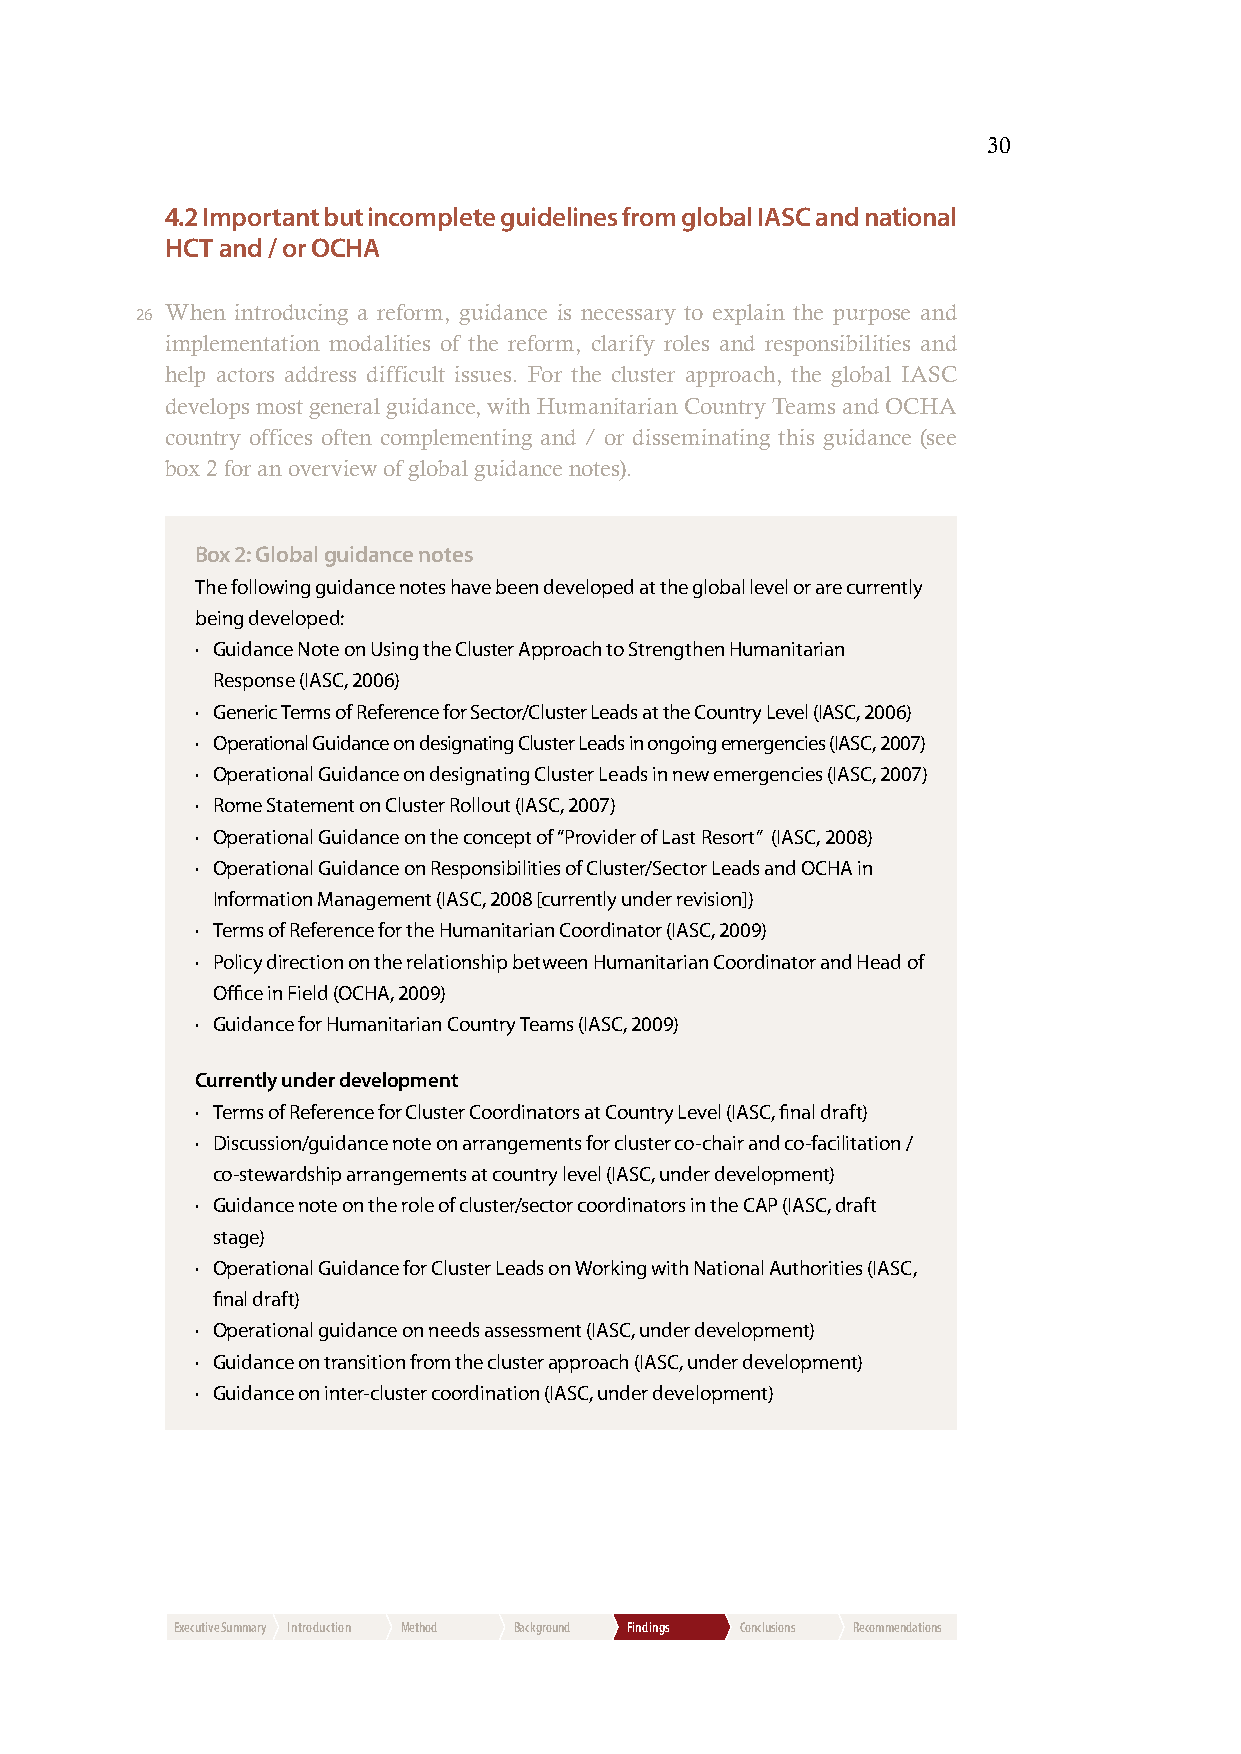
30
 4.2 Important but incomplete guidelines from global IASC and national
 HCT and / or OCHA
 26 W hen introducing a reform, guidance is necessary to explain the purpose and
 implementation modalities of the reform, clarify roles and responsibilities and
 help actors address difficult issues. For the cluster approach, the global IASC
 develops most general guidance, with Humanitarian Country Teams and OCHA
 country offices often complementing and / or disseminating this guidance (see
 box 2 for an overview of global guidance notes).
 Box 2: Global guidance notes
 The following guidance notes have been developed at the global level or are currently
 being developed:
 · Guidance Note on Using the Cluster Approach to Strengthen Humanitarian
 Response (IASC, 2006)
 · G eneric Terms of Reference for Sector/Cluster Leads at the Country Level (IASC, 2006)
 · O perational Guidance on designating Cluster Leads in ongoing emergencies (IASC, 2007)
 · Operational Guidance on designating Cluster Leads in new emergencies (IASC, 2007)
 · Rome Statement on Cluster Rollout (IASC, 2007)
 · Operational Guidance on the concept of “Provider of Last Resort” (IASC, 2008)
 · O perational Guidance on Responsibilities of Cluster/Sector Leads and OCHA in
 Information Management (IASC, 2008 [currently under revision])
 · Terms of Reference for the Humanitarian Coordinator (IASC, 2009)
 · P olicy direction on the relationship between Humanitarian Coordinator and Head of
 Office in Field (OCHA, 2009)
 · G uidance for Humanitarian Country Teams (IASC, 2009)
 Currently under development
 · Terms of Reference for Cluster Coordinators at Country Level (IASC, final draft)
 · Discussion/guidance note on arrangements for cluster co-chair and co-facilitation /
 co-stewardship arrangements at country level (IASC, under development)
 · Guidance note on the role of cluster/sector coordinators in the CAP (IASC, draft
 stage)
 · Operational Guidance for Cluster Leads on Working with National Authorities (IASC,
 final draft)
 · Operational guidance on needs assessment (IASC, under development)
 · Guidance on transition from the cluster approach (IASC, under development)
 · Guidance on inter-cluster coordination (IASC, under development)
 Executive Summary Introduction Method Background Findings Conclusions Recommendations